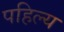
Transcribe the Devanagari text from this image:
पहिल्य